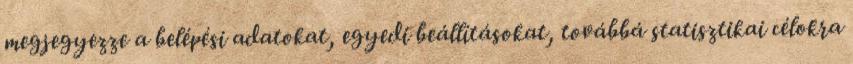
megjegyezze a belépési adatokat, egyedi beállításokat, továbbá statisztikai célokra